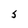
Character: S